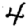
Digit: 4